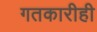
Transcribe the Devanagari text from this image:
गतकारीही